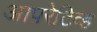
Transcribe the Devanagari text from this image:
आपरेटिव्ह